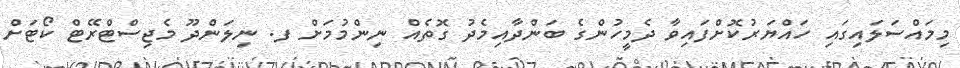
މިމައްސަލައިގައި ހައްޔަރުކޮށްފައިވާ ދެމީހުންގެ ބަންދާއިމެދު ގޮތެއް ނިންމުމަށް ފ. ނިލަންދޫ މެޖިސްޓްރޭޓް ކޯޓަށް